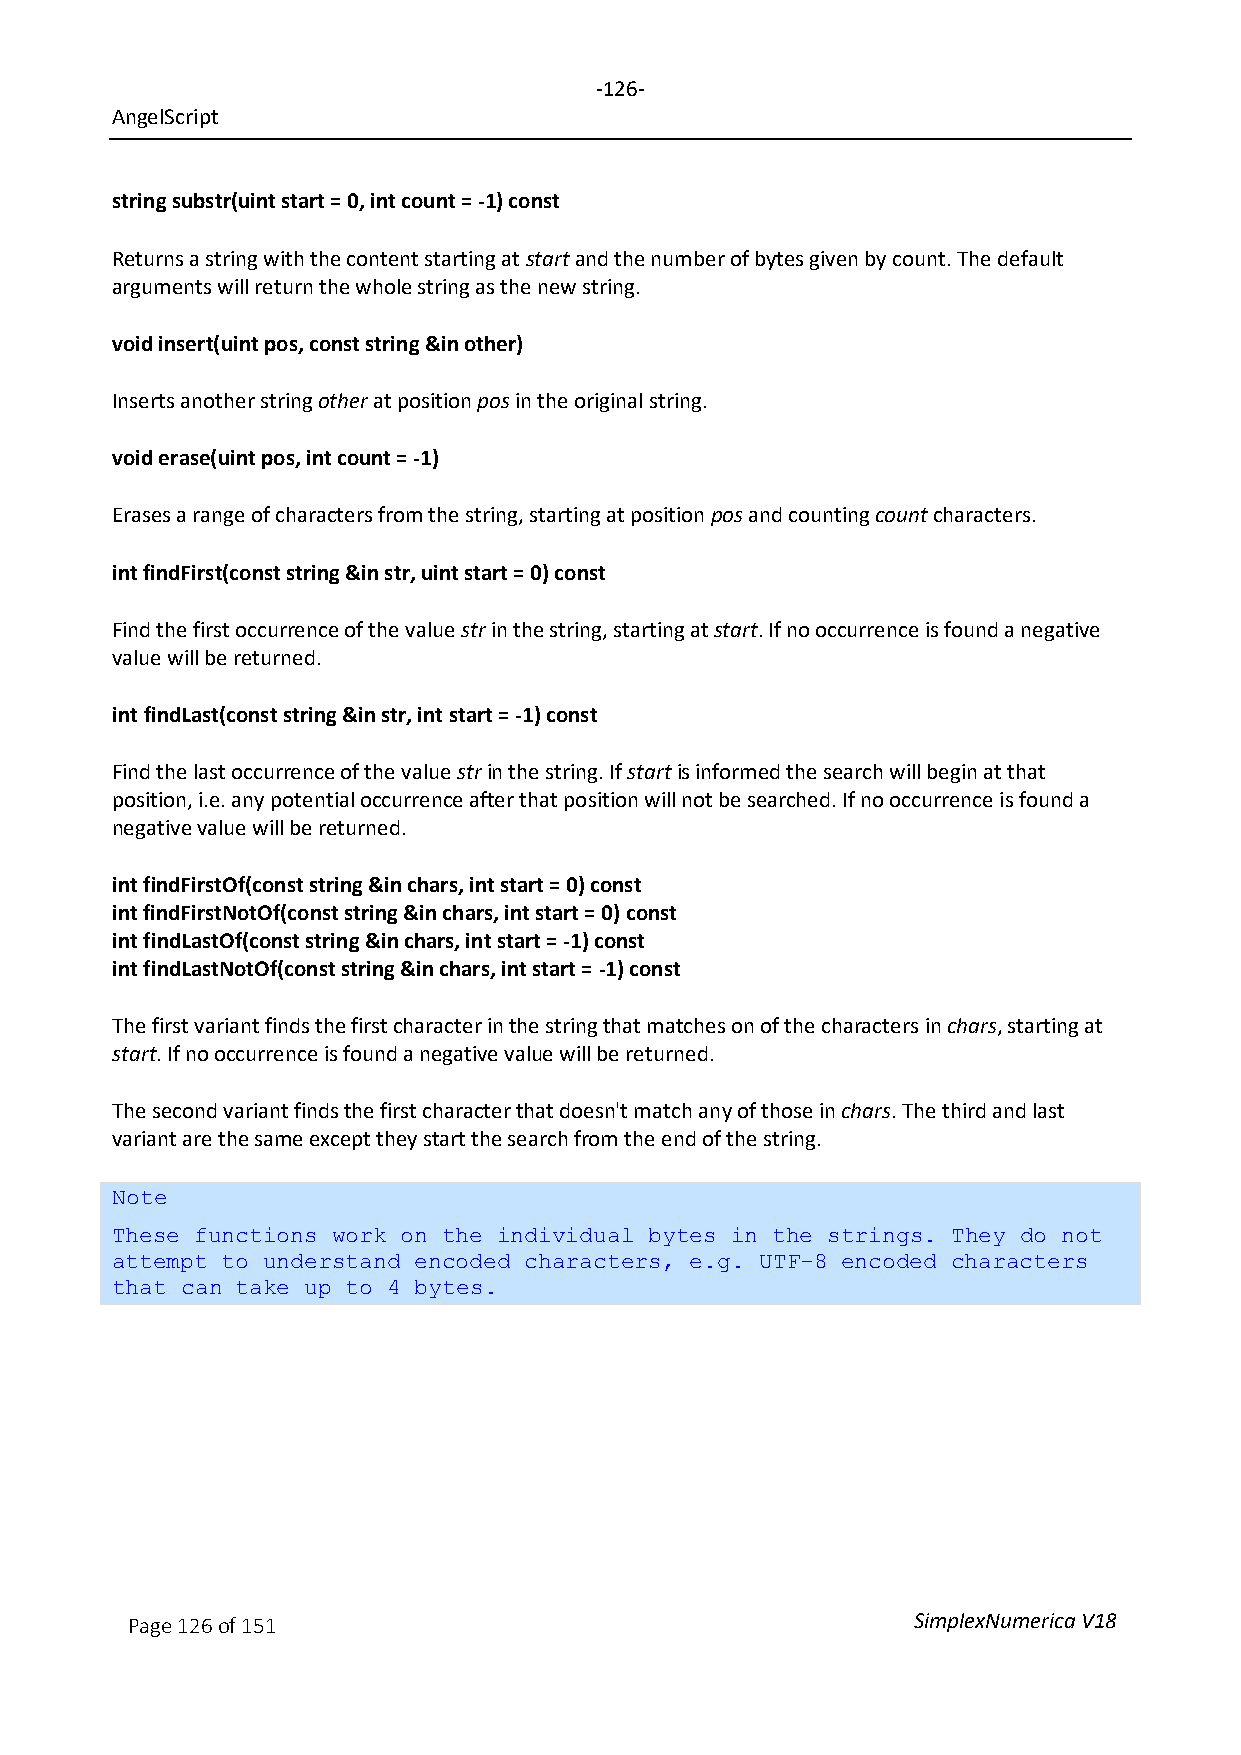
-126-
 AngelScript
 string substr(uint start = 0, int count = -1) const
 Returns a string with the content starting at start and the number of bytes given by count. The default
 arguments will return the whole string as the new string.
 void insert(uint pos, const string &in other)
 Inserts another string other at position pos in the original string.
 void erase(uint pos, int count = -1)
 Erases a range of characters from the string, starting at position pos and counting count characters.
 int findFirst(const string &in str, uint start = 0) const
 Find the first occurrence of the value str in the string, starting at start. If no occurrence is found a negative
 value will be returned.
 int findLast(const string &in str, int start = -1) const
 Find the last occurrence of the value str in the string. If start is informed the search will begin at that
 position, i.e. any potential occurrence after that position will not be searched. If no occurrence is found a
 negative value will be returned.
 int findFirstOf(const string &in chars, int start = 0) const
 int findFirstNotOf(const string &in chars, int start = 0) const
 int findLastOf(const string &in chars, int start = -1) const
 int findLastNotOf(const string &in chars, int start = -1) const
 The first variant finds the first character in the string that matches on of the characters in chars, starting at
 start. If no occurrence is found a negative value will be returned.
 The second variant finds the first character that doesn't match any of those in chars. The third and last
 variant are the same except they start the search from the end of the string.
 Note
 These functions work on the individual bytes in the strings. They do not
 attempt to understand encoded characters, e.g. UTF-8 encoded characters
 that can take up to 4 bytes.
 Page 126 of 151                                     SimplexNumerica V18